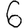
Digit: 6